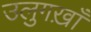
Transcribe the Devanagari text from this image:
उलुगख़ाँ